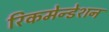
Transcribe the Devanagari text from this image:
रिकमेन्डेशन